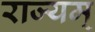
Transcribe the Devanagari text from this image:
राज्यम्